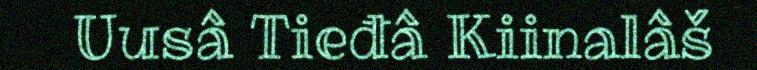
Uusâ Tieđâ Kiinalâš